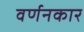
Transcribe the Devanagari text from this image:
वर्णनकार